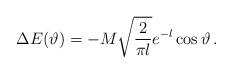
LaTeX: \begin{align*}\Delta E(\vartheta )=-M\sqrt{\frac{2}{\pi l}}e^{-l}\cos \vartheta \, .\end{align*}